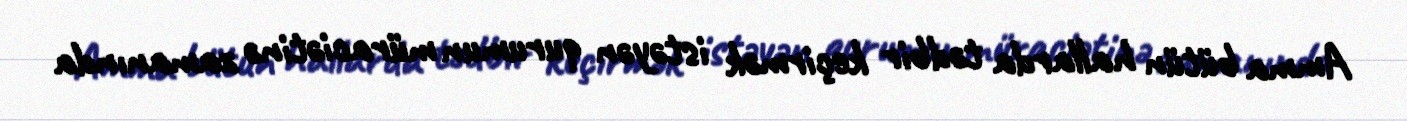
Amma bütün hallarda tədbir keçirmək istəyən qurumun müraciətinə zamanında